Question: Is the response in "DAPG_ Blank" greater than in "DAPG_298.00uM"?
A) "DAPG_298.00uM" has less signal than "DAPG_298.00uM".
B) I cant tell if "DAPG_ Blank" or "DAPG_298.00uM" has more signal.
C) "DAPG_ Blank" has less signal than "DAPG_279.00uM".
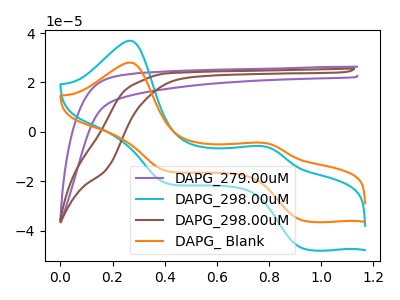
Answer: <think>The purple curve "DAPG_279.00uM" has no peaks. The cyan curve "DAPG_298.00uM" has anodic peaks at (0.25V, 36.90uA) (0.75V, -5.75uA) and cathodic peaks at (0.95V, -47.15uA) (0.40V, -20.85uA). The brown curve "DAPG_298.00uM" has no peaks. The orange curve "DAPG_ Blank" has anodic peaks at (0.25V, 28.05uA) (0.75V, -4.40uA) and cathodic peaks at (0.95V, -35.85uA) (0.40V, -15.85uA).
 All the peaks in "DAPG_ Blank" have a peak in "DAPG_298.00uM" at the same potential.</think>
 <answer>B) I cant tell if "DAPG_ Blank" or "DAPG_298.00uM" has more signal.</answer>
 <eval>B</eval>